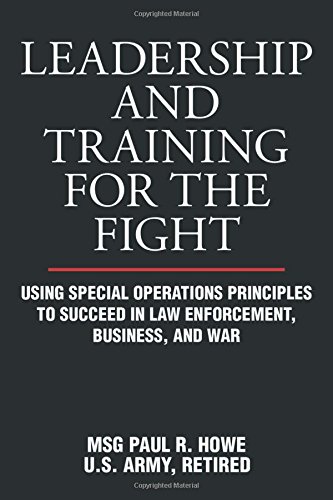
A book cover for Leadership and Training for the Fight: Using Special Operations Principles to Succeed in Law Enforcement, Business, and War; Paul R. Howe; Law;